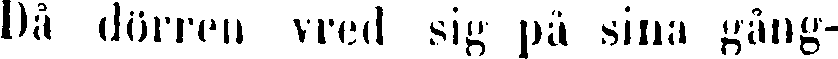
Då dörren vred sig på sina gång-